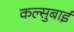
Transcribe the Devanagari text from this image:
कल्सुबाई